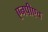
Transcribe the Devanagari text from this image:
एनपीएच